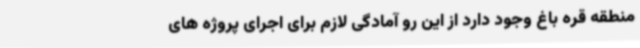
منطقه قره باغ وجود دارد از این رو آمادگی لازم برای اجرای پروژه های